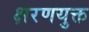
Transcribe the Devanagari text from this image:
क्षरणयुक्त